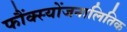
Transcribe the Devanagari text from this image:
फौंक्स्योंजनालितिक